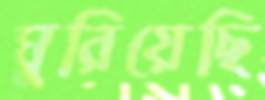
ঘুরিয়েছি